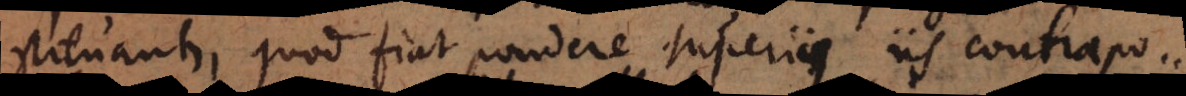
stituantur, quod fiat pondere superius iis contrapo-